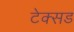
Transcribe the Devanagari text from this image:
टेक्सड